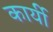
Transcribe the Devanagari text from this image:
कार्यी